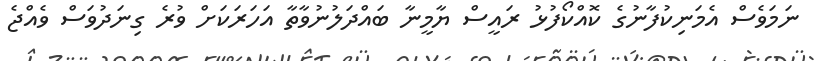
ނަމަވެސް އެމަނިކުފާނުގެ ކޮއްކޯފުޅު ރައީސް ޔާމީނާ ބައްދަލުނުވާތާ އަހަރަކަށް ވުރެ ގިނަދުވަސް ވެއްޖެ